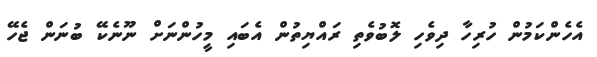
އެހެންކަމުން ހުރިހާ ދިވެހި ލޮބުވެތި ރައްޔިތުން އެބައި މީހުންނަށް ނޫނެކޭ ބުނަން ޖެހޭ